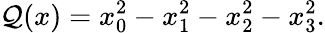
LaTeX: \mathcal{Q}(x)=x_{0}^{2}-x_{1}^{2}-x_{2}^{2}-x_{3}^{2}.